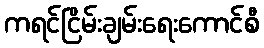
ကရင်ငြိမ်းချမ်းရေးကောင်စီ